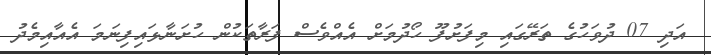
އަދި 07 ދުވަހުގެ ތަރޭގައި މިފަށުފޫ ހޯދުމަށް އެއްވެސް ފަރާތަކުން ހުށަނާޅައިފިނަމަ އެއާއިމެދު